Account of plague administration in the Bombay Presidency from September 1896 till May 1897
Year: 1896
Disease focus: Plague
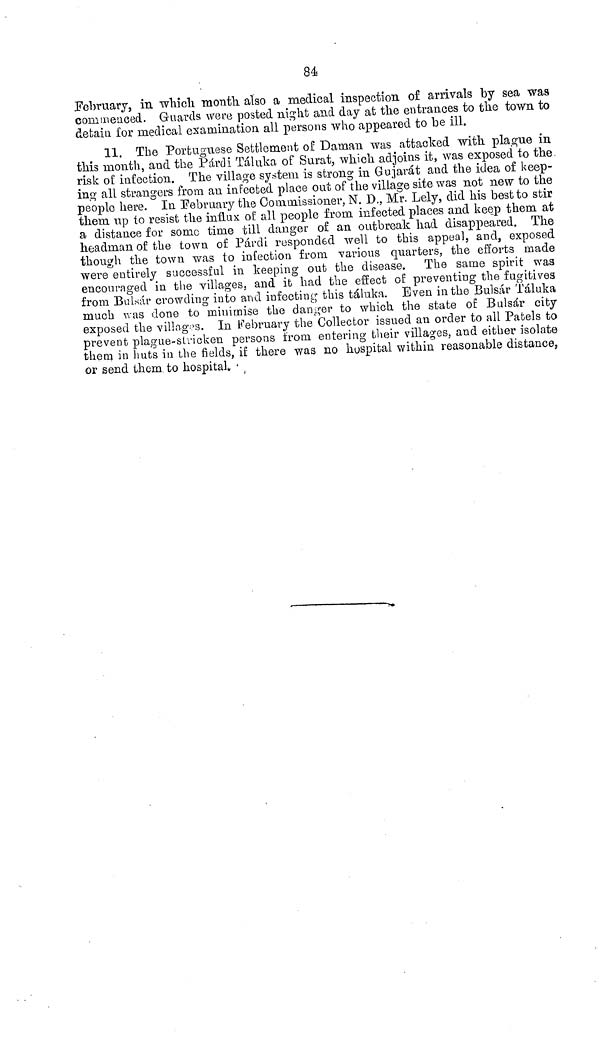
84
February, in which month also a medical inspection of arrivals by sea was
commenced. Guards were posted night and day at the entrances to the town to
detain for medical examination all persons who appeared to be ill.
11. The Portuguese Settlement of Daman was attacked with plague in
this month, and the Párdi Táluka of Surat, which adjoins it, was exposed to the
risk of infection. The village system is strong in Gujarat and the idea of keep-
ing all strangers from an infected place out of the village site was not new to the
people here. In February the Commissioner, N. D., Mr. Lely, did his best to stir
them up to resist the influx of all people from infected places and keep them at
a distance for some time till danger of an outbreak had disappeared. The
headman of the town of Párdi responded well to this appeal, and, exposed
though the town was to infection from various quarters, the efforts made
were entirely successful in keeping out the disease. The same spirit was
encouraged in the villages, and it had the effect of preventing the fugitives
from Bulsár crowding into and infecting this táluka. Even in the Bulsár Táluka
much was done to minimise the danger to which the state of Bulsár city
exposed the villages. In February the Collector issued an order to all Patels to
prevent plague-stricken persons from entering their villages, and either isolate
them in huts in the fields, if there was no hospital within reasonable distance,
or send them to hospital.